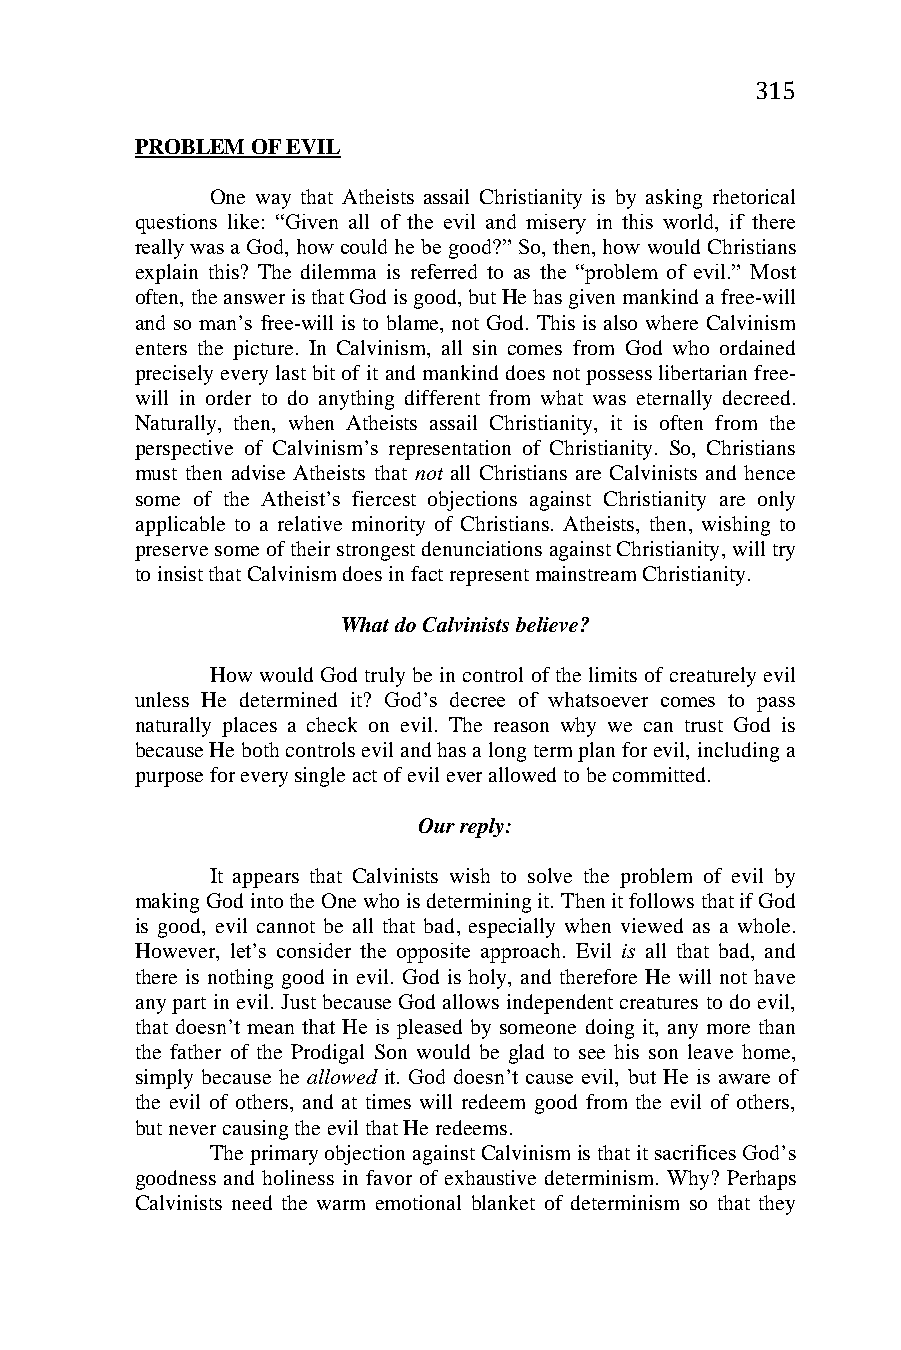
315
 PROBLEM OF EVIL
 One way that Atheists assail Christianity is by asking rhetorical
 questions like: “Given all of the evil and misery in this world, if there
 really was a God, how could he be good?” So, then, how would Christians
 explain this? The dilemma is referred to as the “problem of evil.” Most
 often, the answer is that God is good, but He has given mankind a free-will
 and so man’s free-will is to blame, not God. This is also where Calvinism
 enters the picture. In Calvinism, all sin comes from God who ordained
 precisely every last bit of it and mankind does not possess libertarian free-
 will in order to do anything different from what was eternally decreed.
 Naturally, then, when Atheists assail Christianity, it is often from the
 perspective of Calvinism’s representation of Christianity. So, Christians
 must then advise Atheists that not all Christians are Calvinists and hence
 some of the Atheist’s fiercest objections against Christianity are only
 applicable to a relative minority of Christians. Atheists, then, wishing to
 preserve some of their strongest denunciations against Christianity, will try
 to insist that Calvinism does in fact represent mainstream Christianity.
 What do Calvinists believe?
 How would God truly be in control of the limits of creaturely evil
 unless He determined it? God’s decree of whatsoever comes to pass
 naturally places a check on evil. The reason why we can trust God is
 because He both controls evil and has a long term plan for evil, including a
 purpose for every single act of evil ever allowed to be committed.
 Our reply:
 It appears that Calvinists wish to solve the problem of evil by
 making God into the One who is determining it. Then it follows that if God
 is good, evil cannot be all that bad, especially when viewed as a whole.
 However, let’s consider the opposite approach. Evil is all that bad, and
 there is nothing good in evil. God is holy, and therefore He will not have
 any part in evil. Just because God allows independent creatures to do evil,
 that doesn’t mean that He is pleased by someone doing it, any more than
 the father of the Prodigal Son would be glad to see his son leave home,
 simply because he allowed it. God doesn’t cause evil, but He is aware of
 the evil of others, and at times will redeem good from the evil of others,
 but never causing the evil that He redeems.
 The primary objection against Calvinism is that it sacrifices God’s
 goodness and holiness in favor of exhaustive determinism. Why? Perhaps
 Calvinists need the warm emotional blanket of determinism so that they